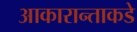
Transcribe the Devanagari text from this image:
आकारान्ताकडे